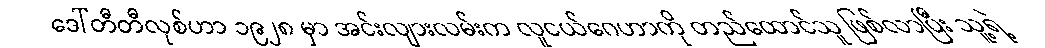
ဒေါ်တီတီလုစ်ဟာ ၁၉၂၈ မှာ အင်းလျားလမ်းက လူငယ်ဂေဟာကို တည်ထောင်သူ ဖြစ်လာပြီး သူ့ရဲ့